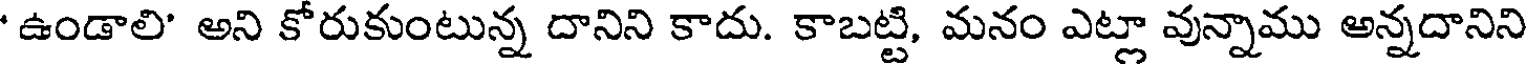
' ఉండాలి' అని కోరుకుంటున్న దానిని కాదు. కాబట్టి, మనం ఎట్లా వున్నాము అన్నదానిని